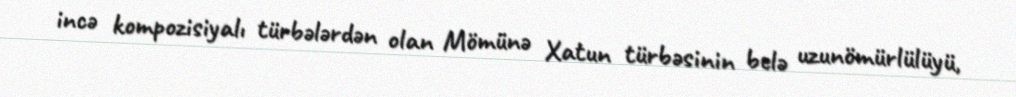
incə kompozisiyalı türbələrdən olan Mömünə Xatun türbəsinin belə uzunömürlülüyü,